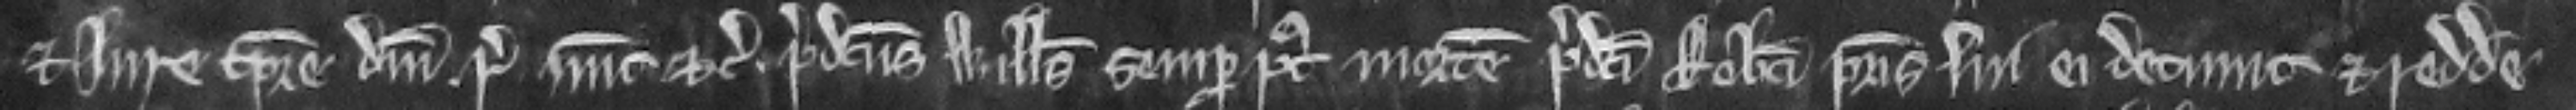
et jure tempore domini regis nunc etc. predictus Willelmus semper post mortem predicti Roberti patris sui ei detinuit et reddere